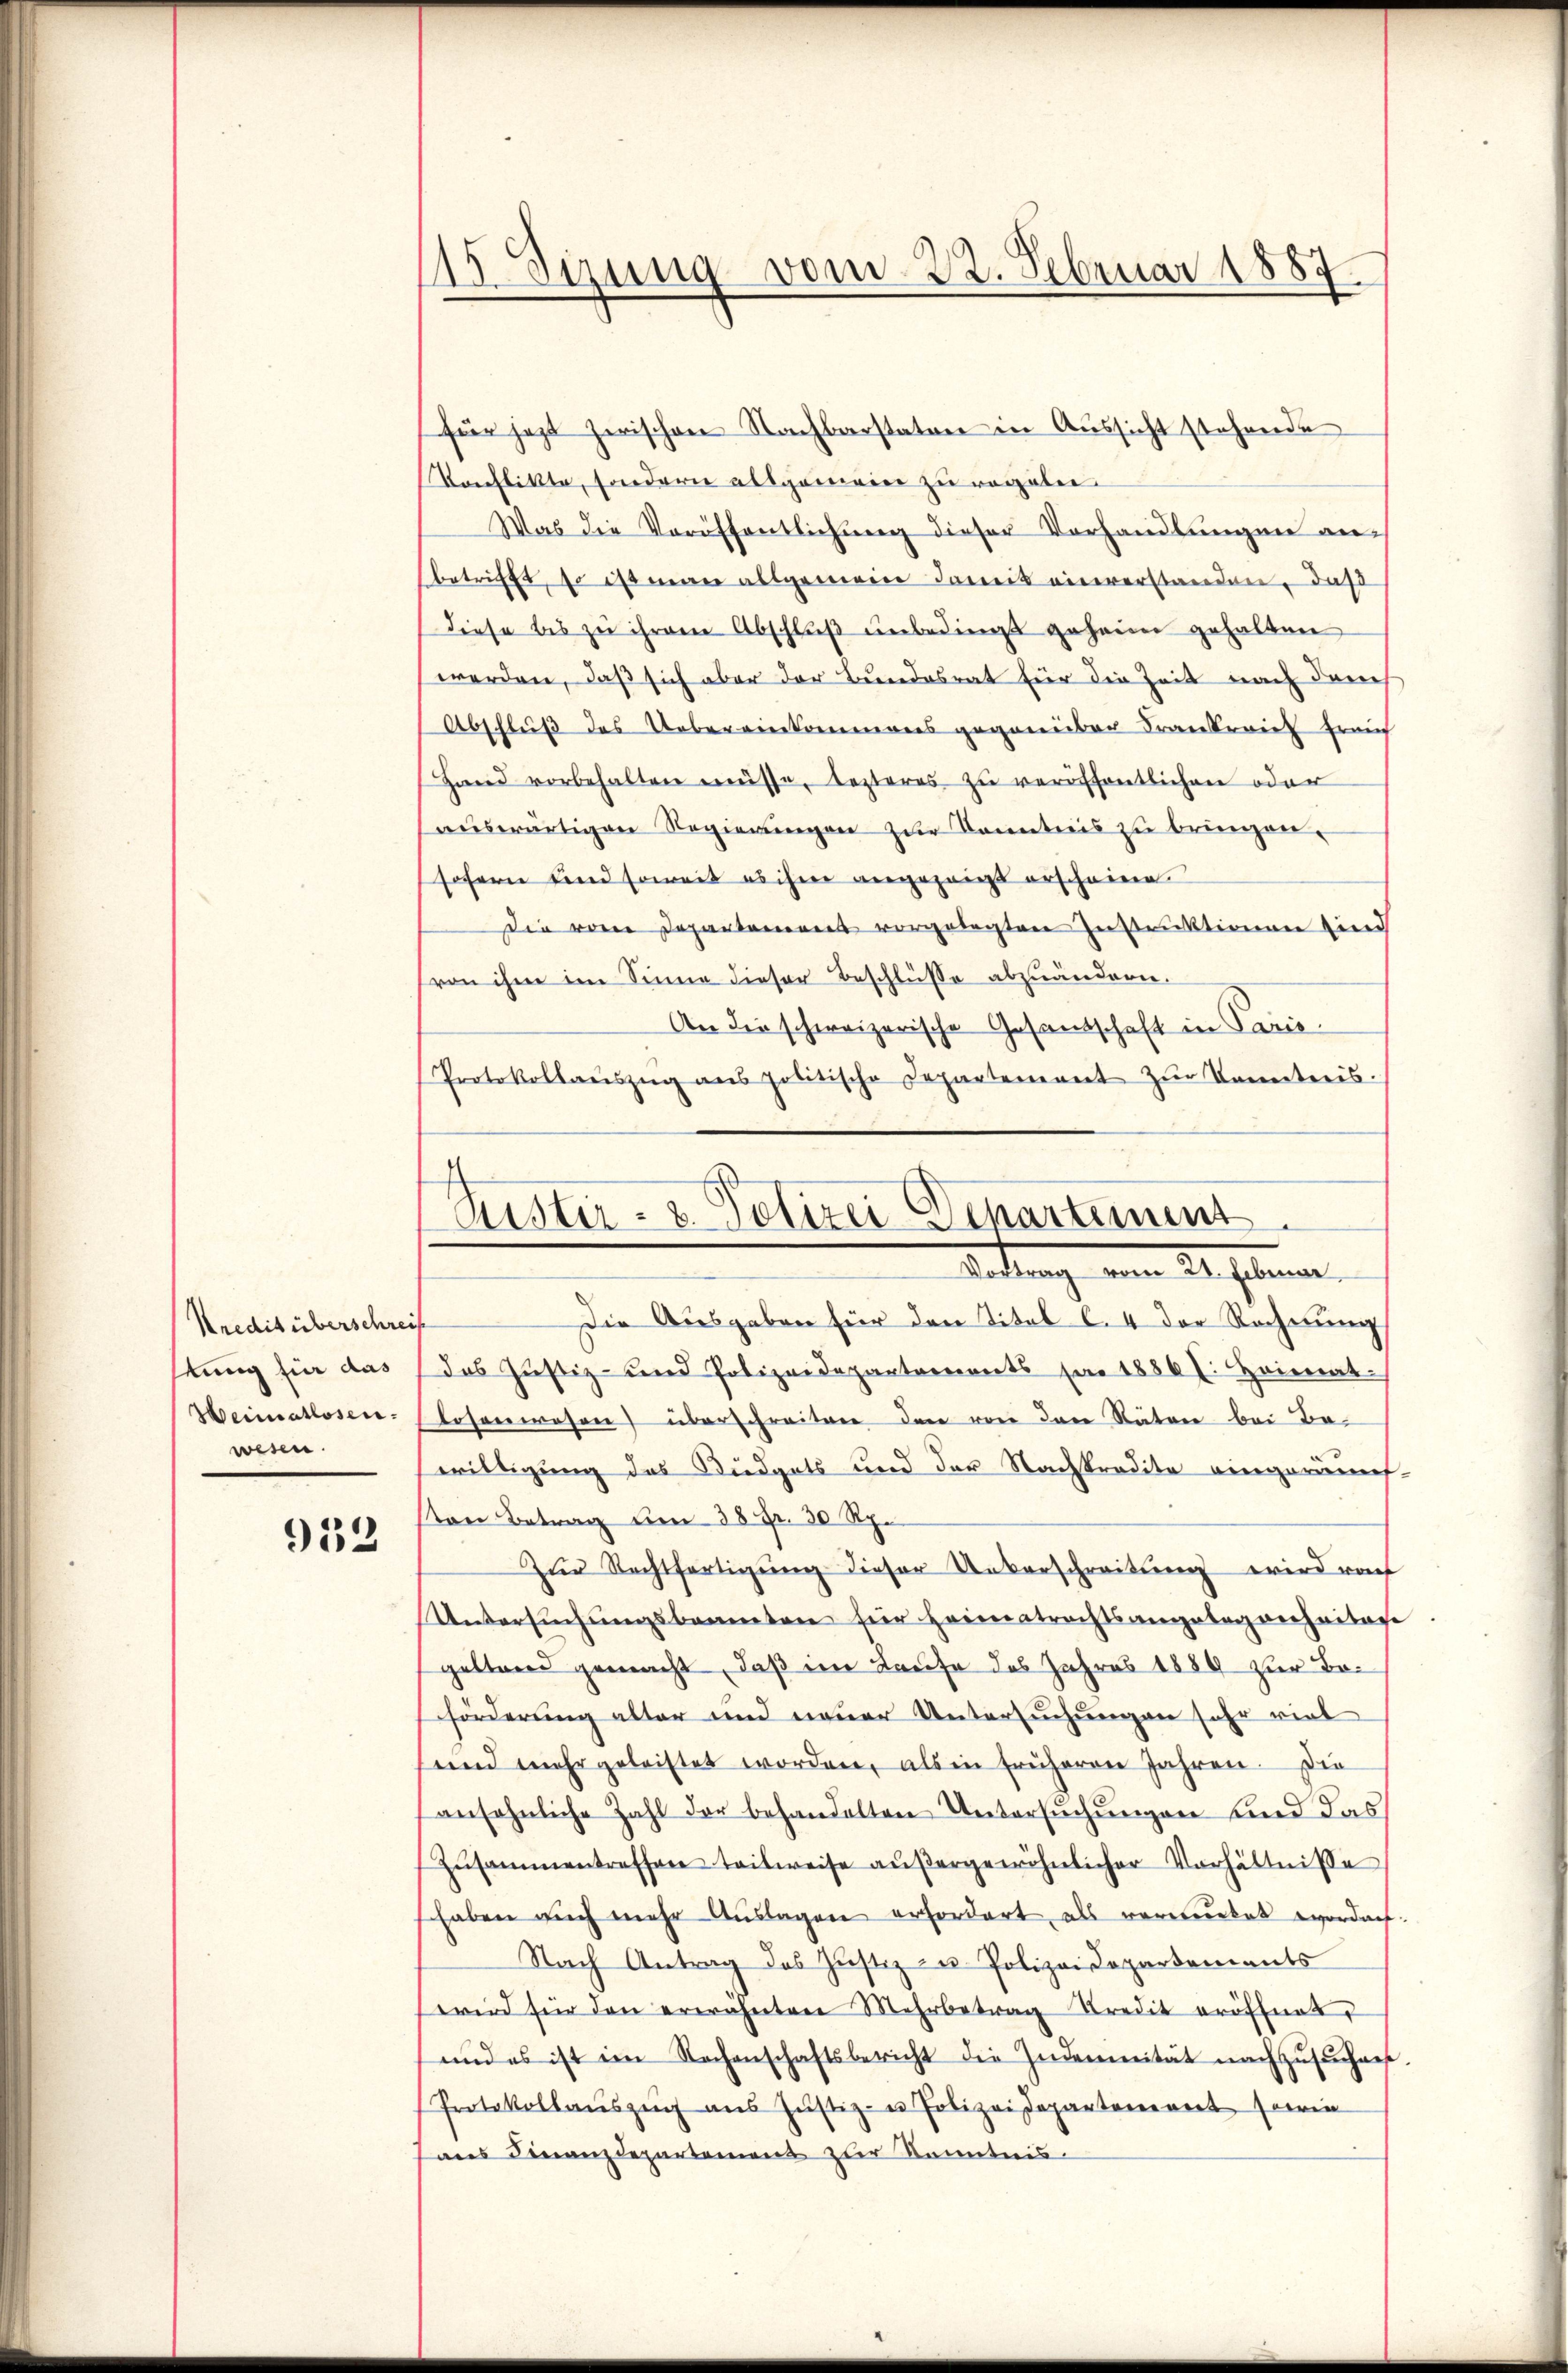
Kredit überschreif
tung für das
Heimatlosen-
wesen.

932

115 Sizung vom 23. Februar 1887.

für jezt zwischen Nachbarstaten in Aussicht stehende
Konflikte, sondern allgemein zu regeler.
Was die Veröffentlichung dieser Vorhandlungen anbetrifft, so ist man allgemein Somit einverstanden, daß
diese bis zu ihrem Abschlŭβ ŭnbedingt geheim gehalten
werden, daß sich aber der Bundesrat für die Zeit nach danch
Abschluß des Uebereinkommens gegenüber Frankreich Frauf
Hand vorbehalten müsse, lezteres zu veröffentlichen oder
aŭswärtigen Regierŭngen zŭr Kenntnis zu bringen.
sofern sind soweit es ihrer angezeigt erscheine.
Die von Departement vorgelegten Instruktionen sind
von ihm im Sinne dieser Beschlüsse abzuändern.
An die schweizerische Gesandschaft in Paris
Protokollaŭszŭg ans politische Departement zŭr Kenntnis.
Die Ausgaben für den Titel l. 4 der Rechnung
das Justiz- und Polizeidepartements par 1886 f. Heimat
losenwahre) überschreitere den von den Rätere bei Bewilligung das Büdgets und der Nachpredite eingeräunf-
ton Betrag um 38 Fr. 30 Rp.
Zŭr Rechtfertigŭng dieser Unterschreitung wird rat
Untersuchungsbeamten für Heimatrechtsangelegenheitere
geltend gemacht, daß im Laufe des Jahres 1889 zur Bosförderung alter und neuer Untersuchungen sehr viel
fend mehr geleistet worden, als in früheren Jahren. Die
ansehnliche Zahl der behandelten Untersŭchŭngen und das
Zŭsammentreffen teilweise aŭβergewöhnlicher Verhältnisse
haben auch mehr Aŭslagen erfordert als verwerket worden.
Nach Antrag des Justiz u. Polizei Departements
wird für den erwähnten Mehrbetrag Kredit eröffnet.
und es ist im Rachenschaftsbericht die Indemnität nachzŭsŭchnet.
Protokollaŭszŭg aŭs Jŭstiz- u Polizeidepartement sowie
aus Finanzdepartemens zur Kenntnis.

Puster- & Polizei Departement
Aadung vom 24. Januar.